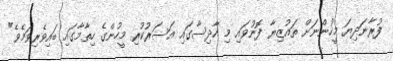
ފުރާނަދިޔަ މީހުންނަށް ތައުޒިޔާ ފޮނުވައި މި ހާދިސާގައި އަސަރުކުރި މީހުންގެ ހިތާމާގައި ބައިވެރިވަމެވެ"